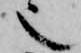
也